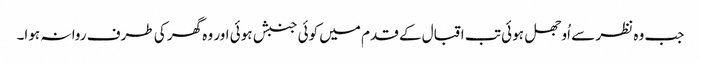
جب وہ نظر سے اُوجھل ہوئی تب اقبال کے قدم میں کوئی جنبش ہوئی اور وہ گھر کی طرف روا نہ ہوا۔